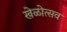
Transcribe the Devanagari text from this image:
खेळोत्सव